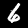
Digit: 6